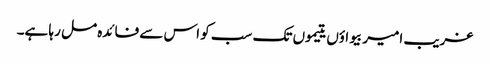
غریب امیر بیواؤں یتیموں تک سب کو اس سے فائدہ مل رہا ہے۔